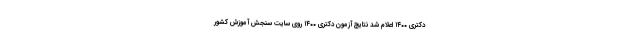
دکتری ۱۴۰۰ اعلام شد نتایج آزمون دکتری ۱۴۰۰ روی سایت سنجش آموزش کشور